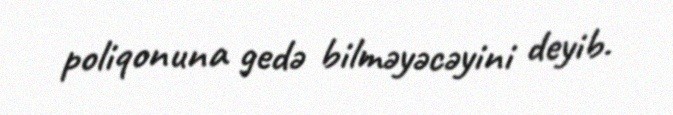
poliqonuna gedə bilməyəcəyini deyib.